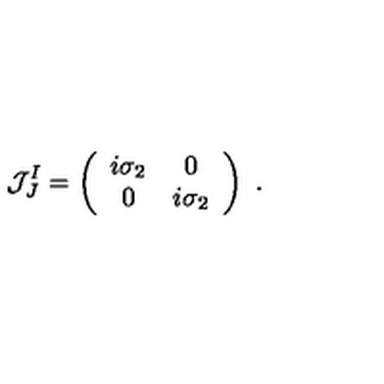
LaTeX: { \cal J } _ { J } ^ { I } = \left( \begin{array} { c c } { i \sigma _ { 2 } } & { 0 } \\ { 0 } & { i \sigma _ { 2 } } \\ \end{array} \right) \ .